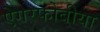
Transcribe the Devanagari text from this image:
ऐगरफोबीया